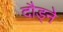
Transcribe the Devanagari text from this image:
दौड्ने